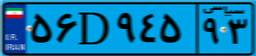
۱۹D۲۳۷۷۱